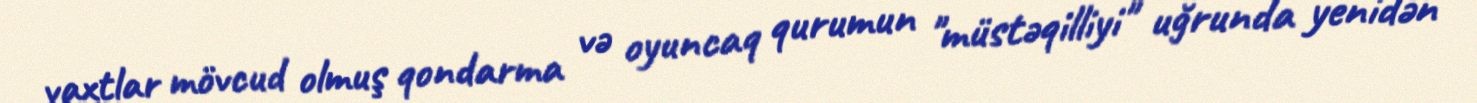
vaxtlar mövcud olmuş qondarma və oyuncaq qurumun "müstəqilliyi" uğrunda yenidən